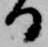
る